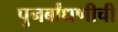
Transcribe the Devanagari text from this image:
पुनर्बांधणीची